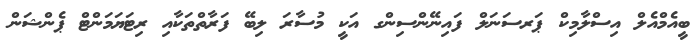
ބީއެމްއެލް އިސްލާމިކް ޕަރސަނަލް ފައިނޭންސިންގ އަކީ މުސާރަ ލިބޭ ފަރާތްތަކާއި ރިޓަޔަމަންޓް ޕެންޝަން